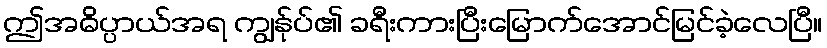
ဤအဓိပ္ပာယ်အရ ကျွန်ုပ်၏ ခရီးကားပြီးမြောက်အောင်မြင်ခဲ့လေပြီ။